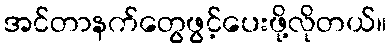
အင်တာနက်တွေဖွင့်ပေးဖို့လိုတယ်။